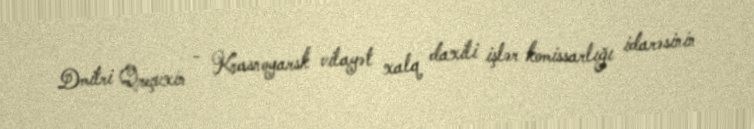
Dmitri Qreçuxin - Krasnoyarsk vilayət xalq daxili işlər komissarlığı idarəsinin